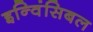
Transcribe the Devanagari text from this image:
इन्विंसिबल